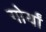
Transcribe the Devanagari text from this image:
गोर्यां